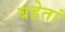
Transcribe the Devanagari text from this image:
बहेतां